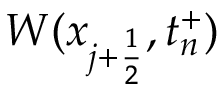
W ( x _ { j + \frac { 1 } { 2 } } , t _ { n } ^ { + } )